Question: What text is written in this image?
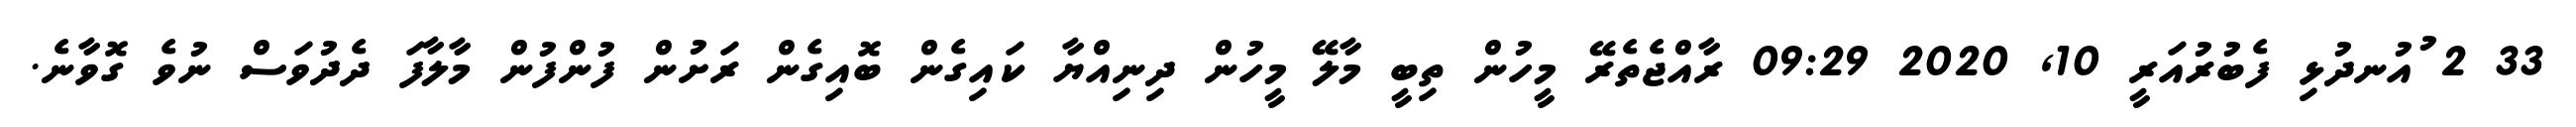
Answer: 33 2 ުއުނދުޅި ފެބުރުއަރީ 10, 2020 09:29 ރާއްޖެތެރޭ މީހުން ތިބީ މާލޭ މީހުން ދިނިއްޔާ ކައިގެން ބޮއިގެން ރަށުން ފުންފުން މާލާފަ ދެދުވަސް ނުވެ ގޮވާނެ.